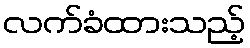
လက်ခံထားသည့်